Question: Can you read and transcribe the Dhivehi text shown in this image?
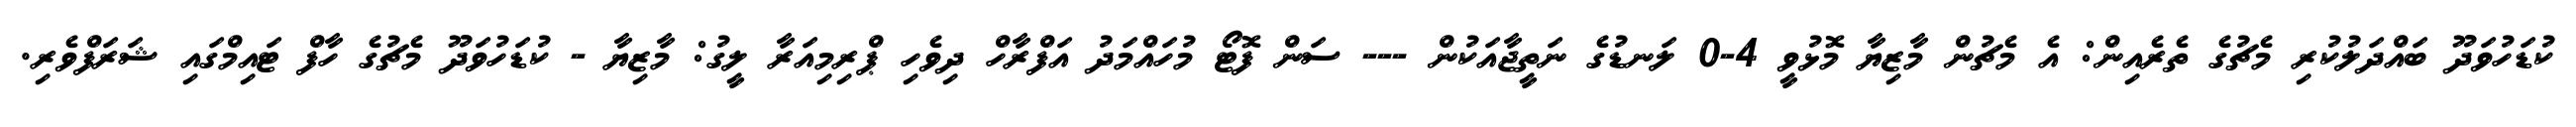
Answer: ކުޑަހުވަދޫ ބައްދަލުކުރި މެޗުގެ ތެރެއިން: އެ މެޗުން މާޒިޔާ މޮޅުވީ 4-0 ލަނޑުގެ ނަތީޖާއަކުން --- ސަން ފޮޓޯ މުހައްމަދު އަފްރާހް ދިވެހި ޕްރިމިއަރާ ލީގު: މާޒިޔާ - ކުޑަހުވަދޫ މެޗުގެ ހާފް ޓައިމްގައި ޝަރަފްވެރި.